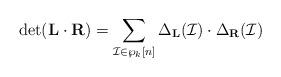
LaTeX: \begin{align*}\det(\mathbf{L}\cdot\mathbf{R})=\sum_{\mathcal{I}\in \wp_{k}[n]}\Delta_{\mathbf{L}}(\mathcal{I})\cdot\Delta_{\mathbf{R}}(\mathcal{I}) \end{align*}